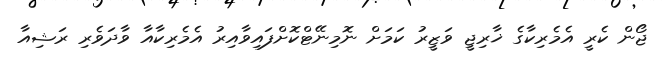
ޖޯން ކެރީ އެމެރިކާގެ ޚާރިޖީ ވަޒީރު ކަމަށް ނޮމިނޭޓްކޮށްފައިވާއިރު އެމެރިކާއާ ވާދަވެރި ރަޝިއާ